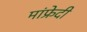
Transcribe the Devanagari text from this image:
मांफ्रेदी